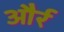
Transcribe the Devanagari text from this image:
और्र